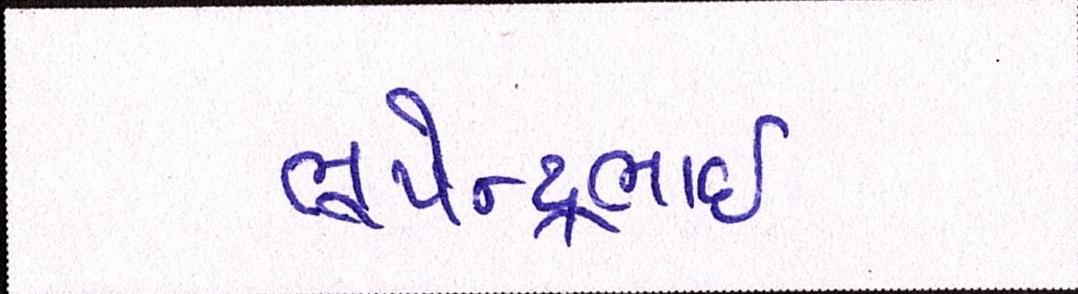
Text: ભૂપેન્દ્રભાઈ